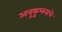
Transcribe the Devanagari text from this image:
अनुकुलनाचे